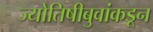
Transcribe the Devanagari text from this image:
ज्योतिषीबुवांकडून